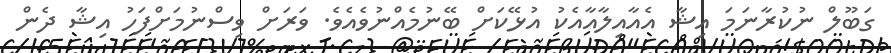
ގަބޫލް ނުކުރާނަމަ އިޝާ އެއާއިލާއާއެކު އުޅޭކަށް ބޭނުމެއްނުވެއެވެ. ވަރަށް ވިސްނުމަށްފަހު އިޝާ ދެން